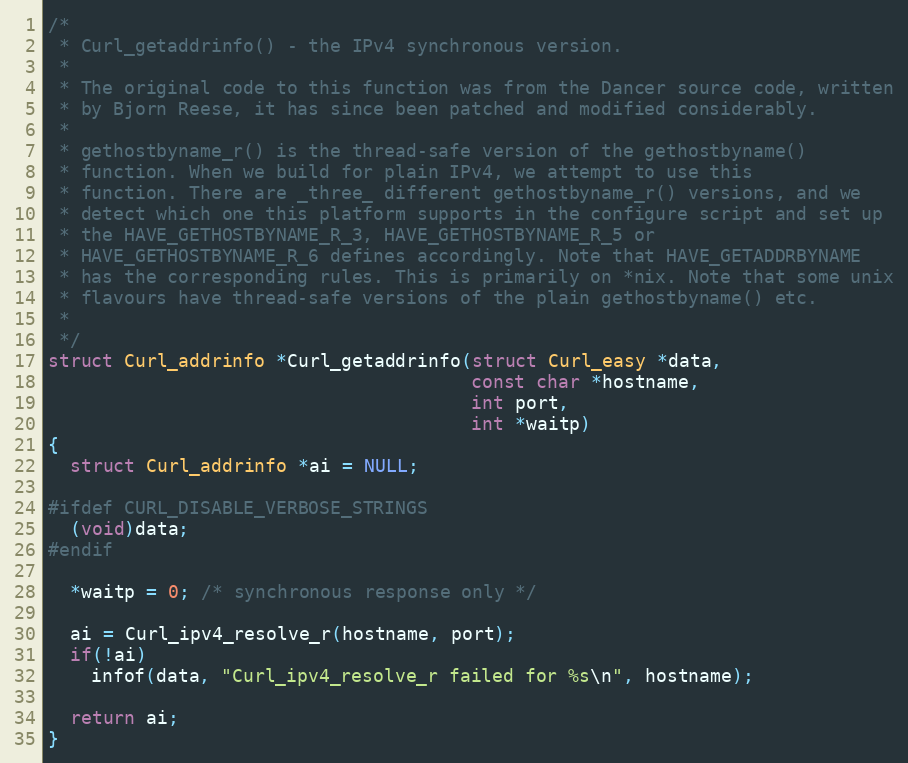
Language: C
/*
 * Curl_getaddrinfo() - the IPv4 synchronous version.
 *
 * The original code to this function was from the Dancer source code, written
 * by Bjorn Reese, it has since been patched and modified considerably.
 *
 * gethostbyname_r() is the thread-safe version of the gethostbyname()
 * function. When we build for plain IPv4, we attempt to use this
 * function. There are _three_ different gethostbyname_r() versions, and we
 * detect which one this platform supports in the configure script and set up
 * the HAVE_GETHOSTBYNAME_R_3, HAVE_GETHOSTBYNAME_R_5 or
 * HAVE_GETHOSTBYNAME_R_6 defines accordingly. Note that HAVE_GETADDRBYNAME
 * has the corresponding rules. This is primarily on *nix. Note that some unix
 * flavours have thread-safe versions of the plain gethostbyname() etc.
 *
 */
struct Curl_addrinfo *Curl_getaddrinfo(struct Curl_easy *data,
                                       const char *hostname,
                                       int port,
                                       int *waitp)
{
  struct Curl_addrinfo *ai = NULL;

#ifdef CURL_DISABLE_VERBOSE_STRINGS
  (void)data;
#endif

  *waitp = 0; /* synchronous response only */

  ai = Curl_ipv4_resolve_r(hostname, port);
  if(!ai)
    infof(data, "Curl_ipv4_resolve_r failed for %s\n", hostname);

  return ai;
}